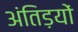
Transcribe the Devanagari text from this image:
अंतिड़यों